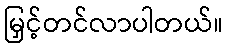
မြှင့်တင်လာပါတယ်။